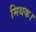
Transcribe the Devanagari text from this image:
मिथक।